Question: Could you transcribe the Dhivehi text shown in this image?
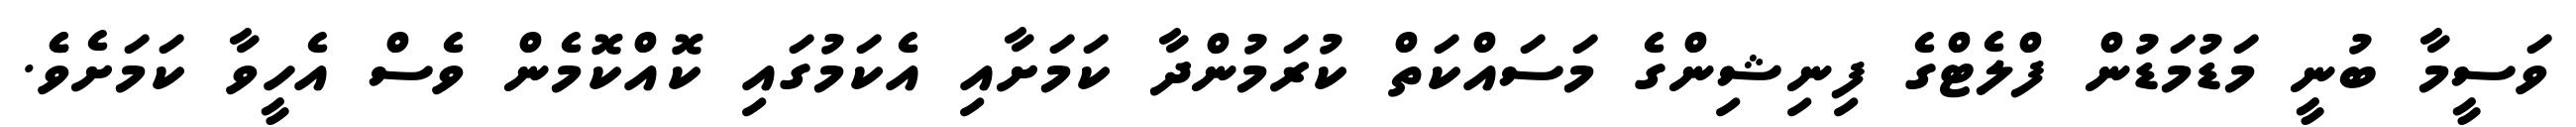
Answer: ވަސީމާ ބުނީ މަޑުމަޑުން ފްލެޓްގެ ފިނިޝިންގެ މަސައްކަތް ކުރަމުންދާ ކަމަށާއި އެކަމުގައި ކޮއްކޮމެން ވެސް އެހީވާ ކަމަށެވެެ.